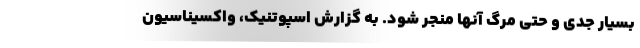
بسیار جدی و حتی مرگ آنها منجر شود. به گزارش اسپوتنیک، واکسیناسیون